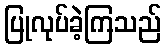
ပြုလုပ်ခဲ့ကြသည်